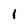
Character: I